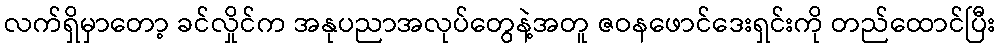
လက်ရှိမှာတော့ ခင်လှိုင်က အနုပညာအလုပ်တွေနဲ့အတူ ဇဝနဖောင်ဒေးရှင်းကို တည်ထောင်ပြီး